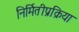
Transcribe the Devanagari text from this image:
निर्मितीप्रक्रिया